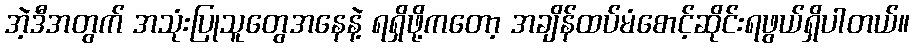
အဲ့ဒီအတွက် အသုံးပြုသူတွေအနေနဲ့ ရရှိဖို့ကတော့ အချိန်ထပ်မံစောင့်ဆိုင်းရဖွယ်ရှိပါတယ်။